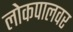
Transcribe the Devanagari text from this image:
लोकपालवर